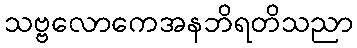
သဗ္ဗလောကေအနဘိရတိသညာ